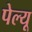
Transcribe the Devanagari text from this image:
पेल्यू